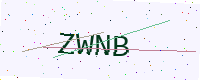
Text: ZWNB